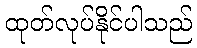
ထုတ်လုပ်နိုင်ပါသည်